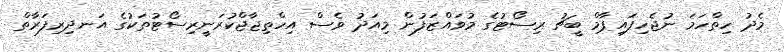
މެދު ހިތްހަމަ ނުޖެހިފައިޕާމް ބީޗު ރިސޯޓުގެ މުވައްޒަފުން މިއަދު ވެސް އިހްތިޖާޖްކުރަނީރިސޯޓުތަކުގެ އަނދިރިފަރާތް